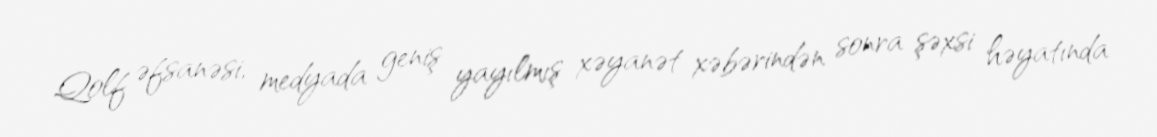
Qolf əfsanəsi, medyada geniş yayılmış xəyanət xəbərindən sonra şəxsi həyatında